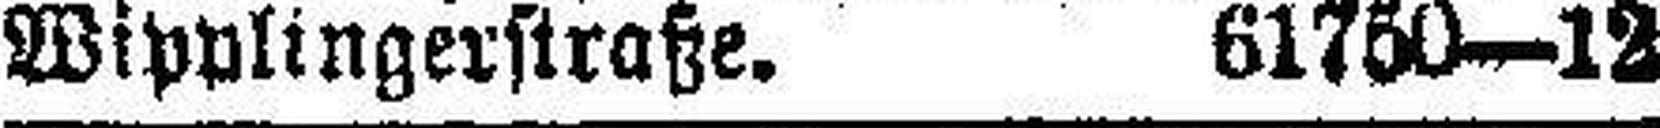
Wipplingerstraße. 61750—12